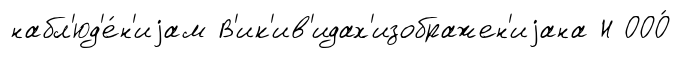
набл'юд'е́н'иjам В'ик'ив'идах'изображен'иjана Н ООО́